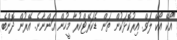
"އޯކޭ އޯކޭ ލަވް. އިރުކޮޅަކުން ތަން ޑެކަރޭޓްކުރާ މީހުން އަންނާނެ. އޭރުން ދޮންބެ